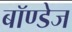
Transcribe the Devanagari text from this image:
बॉण्डेज